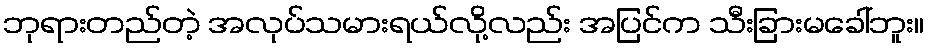
ဘုရားတည်တဲ့ အလုပ်သမားရယ်လို့လည်း အပြင်က သီးခြားမခေါ်ဘူး။